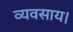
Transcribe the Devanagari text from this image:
व्यवसाय।